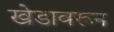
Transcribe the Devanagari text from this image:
खेडावरून